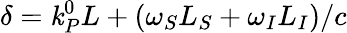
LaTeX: \delta=\mathit{k}_{P}^{0}L+(\omega_{S}L_{S}+\omega_{I}L_{I})/c